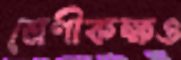
শ্রেণীকক্ষও